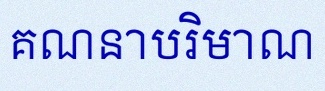
គណនាបរិមាណ